Scientific memoirs by medical officers of the Army of India - Part XII,
Year: 1901
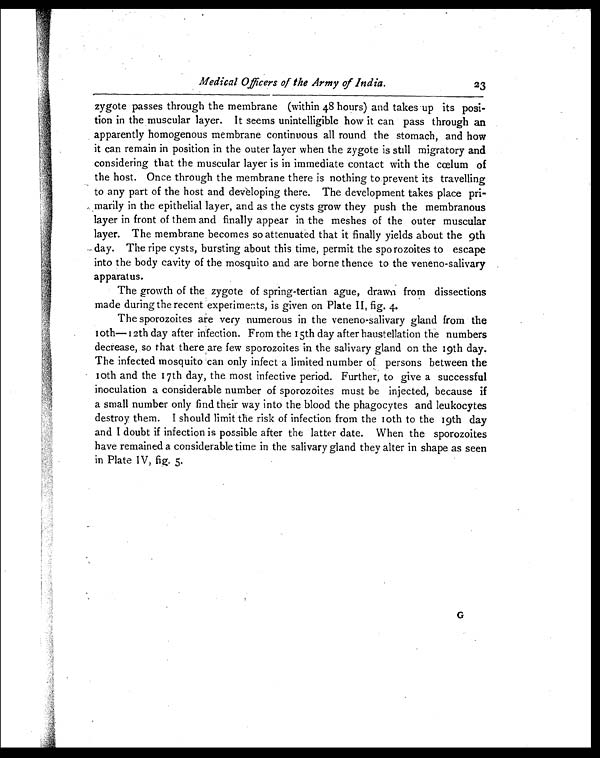
Medical Officers of the Army of India.
23
zygote passes through the membrane (within 48 hours) and takes up its posi-
tion in the muscular layer. It seems unintelligible how it can pass through an
apparently homogenous membrane continuous all round the stomach, and how
it can remain in position in the outer layer when the zygote is still migratory and
considering that the muscular layer is in immediate contact with the cœlum of
the host. Once through the membrane there is nothing to prevent its travelling
to any part of the host and developing there. The development takes place pri-
marily in the epithelial layer, and as the cysts grow they push the membranous
layer in front of them and finally appear in the meshes of the outer muscular
layer. The membrane becomes so attenuated that it finally yields about the 9th
day. The ripe cysts, bursting about this time, permit the sporozoites to escape
into the body cavity of the mosquito and are borne thence to the veneno-salivary
apparatus.
The growth of the zygote of spring-tertian ague, drawn from dissections
made during the recent experiments, is given on Plate II , fig. 4.
The sporozoites are very numerous in the veneno-salivary gland from the
1 0 t h — 1 2 t h d a y a f t e r i n f e c t i o n . F r o m t h e 1 5 t h d a y a f t e r h a u s t e l l a t i o n t h e n u m b e r s
decrease, so that there are few sporozoites in the salivary gland on the 19th day.
The infected mosquito can only infect a limited number of persons between the
1 0 t h a n d t h e 1 7 t h d a y , t h e m o s t i n f e c t i v e p e r i o d . F u r t h e r , t o g i v e a s u c c e s s f u l
inoculation a considerable number of sporozoites must be injected, because if
a small number only find their way into the blood the phagocytes and leukocytes
destroy them. I should limit the risk of infection from the l0th to the 19th day
and I doubt if infection is possible after the latter date. When the sporozoites
have remained a considerable time in the salivary gland they alter in shape as seen
in Plate IV, fig. 5.